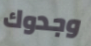
وجدوك